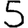
Digit: 5